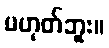
မဟုတ်ဘူး။